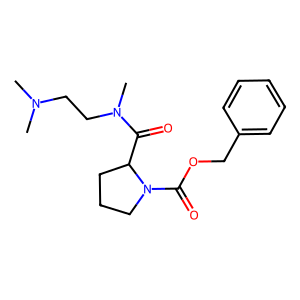
SMILES: CN(C)CCN(C)C(=O)C1CCCN1C(=O)OCc1ccccc1
Inhibits HIV replication: No